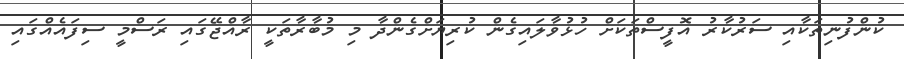
ކުންފުނިތަކާއި ސަރުކާރު އޮފީސްތަކަށް ހުޅުވާލައިގެން ކުރިޔަށްގެންދާ މި މުބާރާތަކީ ރާއްޖޭގައި ރަސްމީ ސިފައެއްގައި